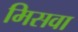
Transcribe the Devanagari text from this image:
मिसवा